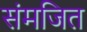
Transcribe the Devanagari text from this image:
संमजित